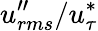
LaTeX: u_{rms}^{\prime\prime}/u_{\tau}^{*}